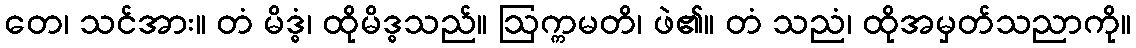
တေ၊ သင်အား။ တံ မိဒ္ဓံ၊ ထိုမိဒ္ဓသည်။ ဩက္ကမတိ၊ ဖဲ၏။ တံ သညံ၊ ထိုအမှတ်သညာကို။